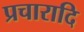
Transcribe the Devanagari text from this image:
प्रचारादि